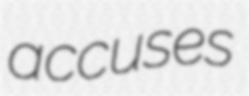
accuses